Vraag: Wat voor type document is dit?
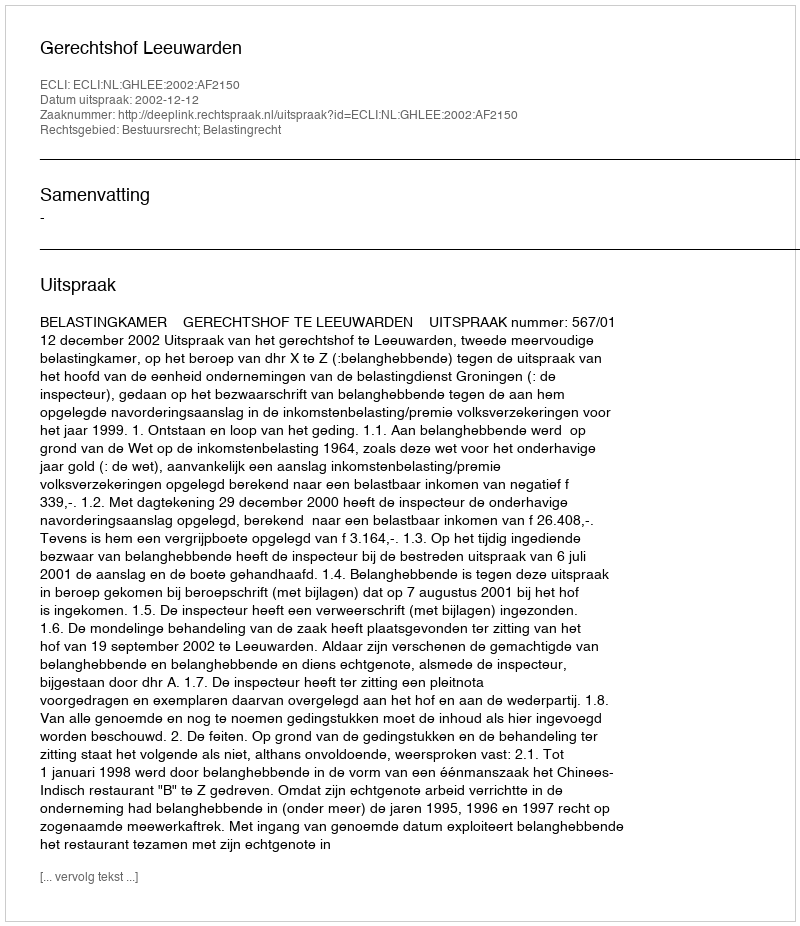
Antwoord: Uitspraak